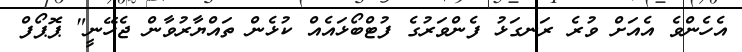
އެހެންވެ އެއަށް ވުރެ ރަނގަޅު ފެންވަރުގެ ފުޓްބޯޅައެއް ކުޅެން ތައްޔާރުވާން ޖެހޭނީ" ޕޮޕޯފް